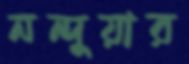
নন্দুয়ার